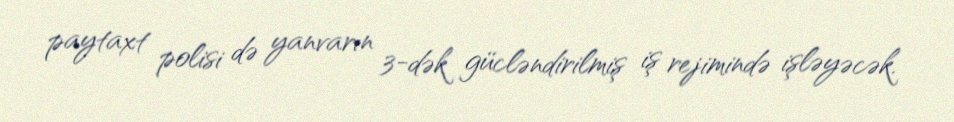
paytaxt polisi də yanvarın 3-dək gücləndirilmiş iş rejimində işləyəcək.